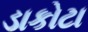
ડાકોટા